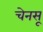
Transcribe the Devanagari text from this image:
चेनसू